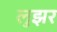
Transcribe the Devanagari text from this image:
लुझर